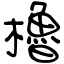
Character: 櫓